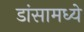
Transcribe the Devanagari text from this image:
डांसामध्ये